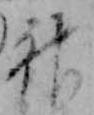
神